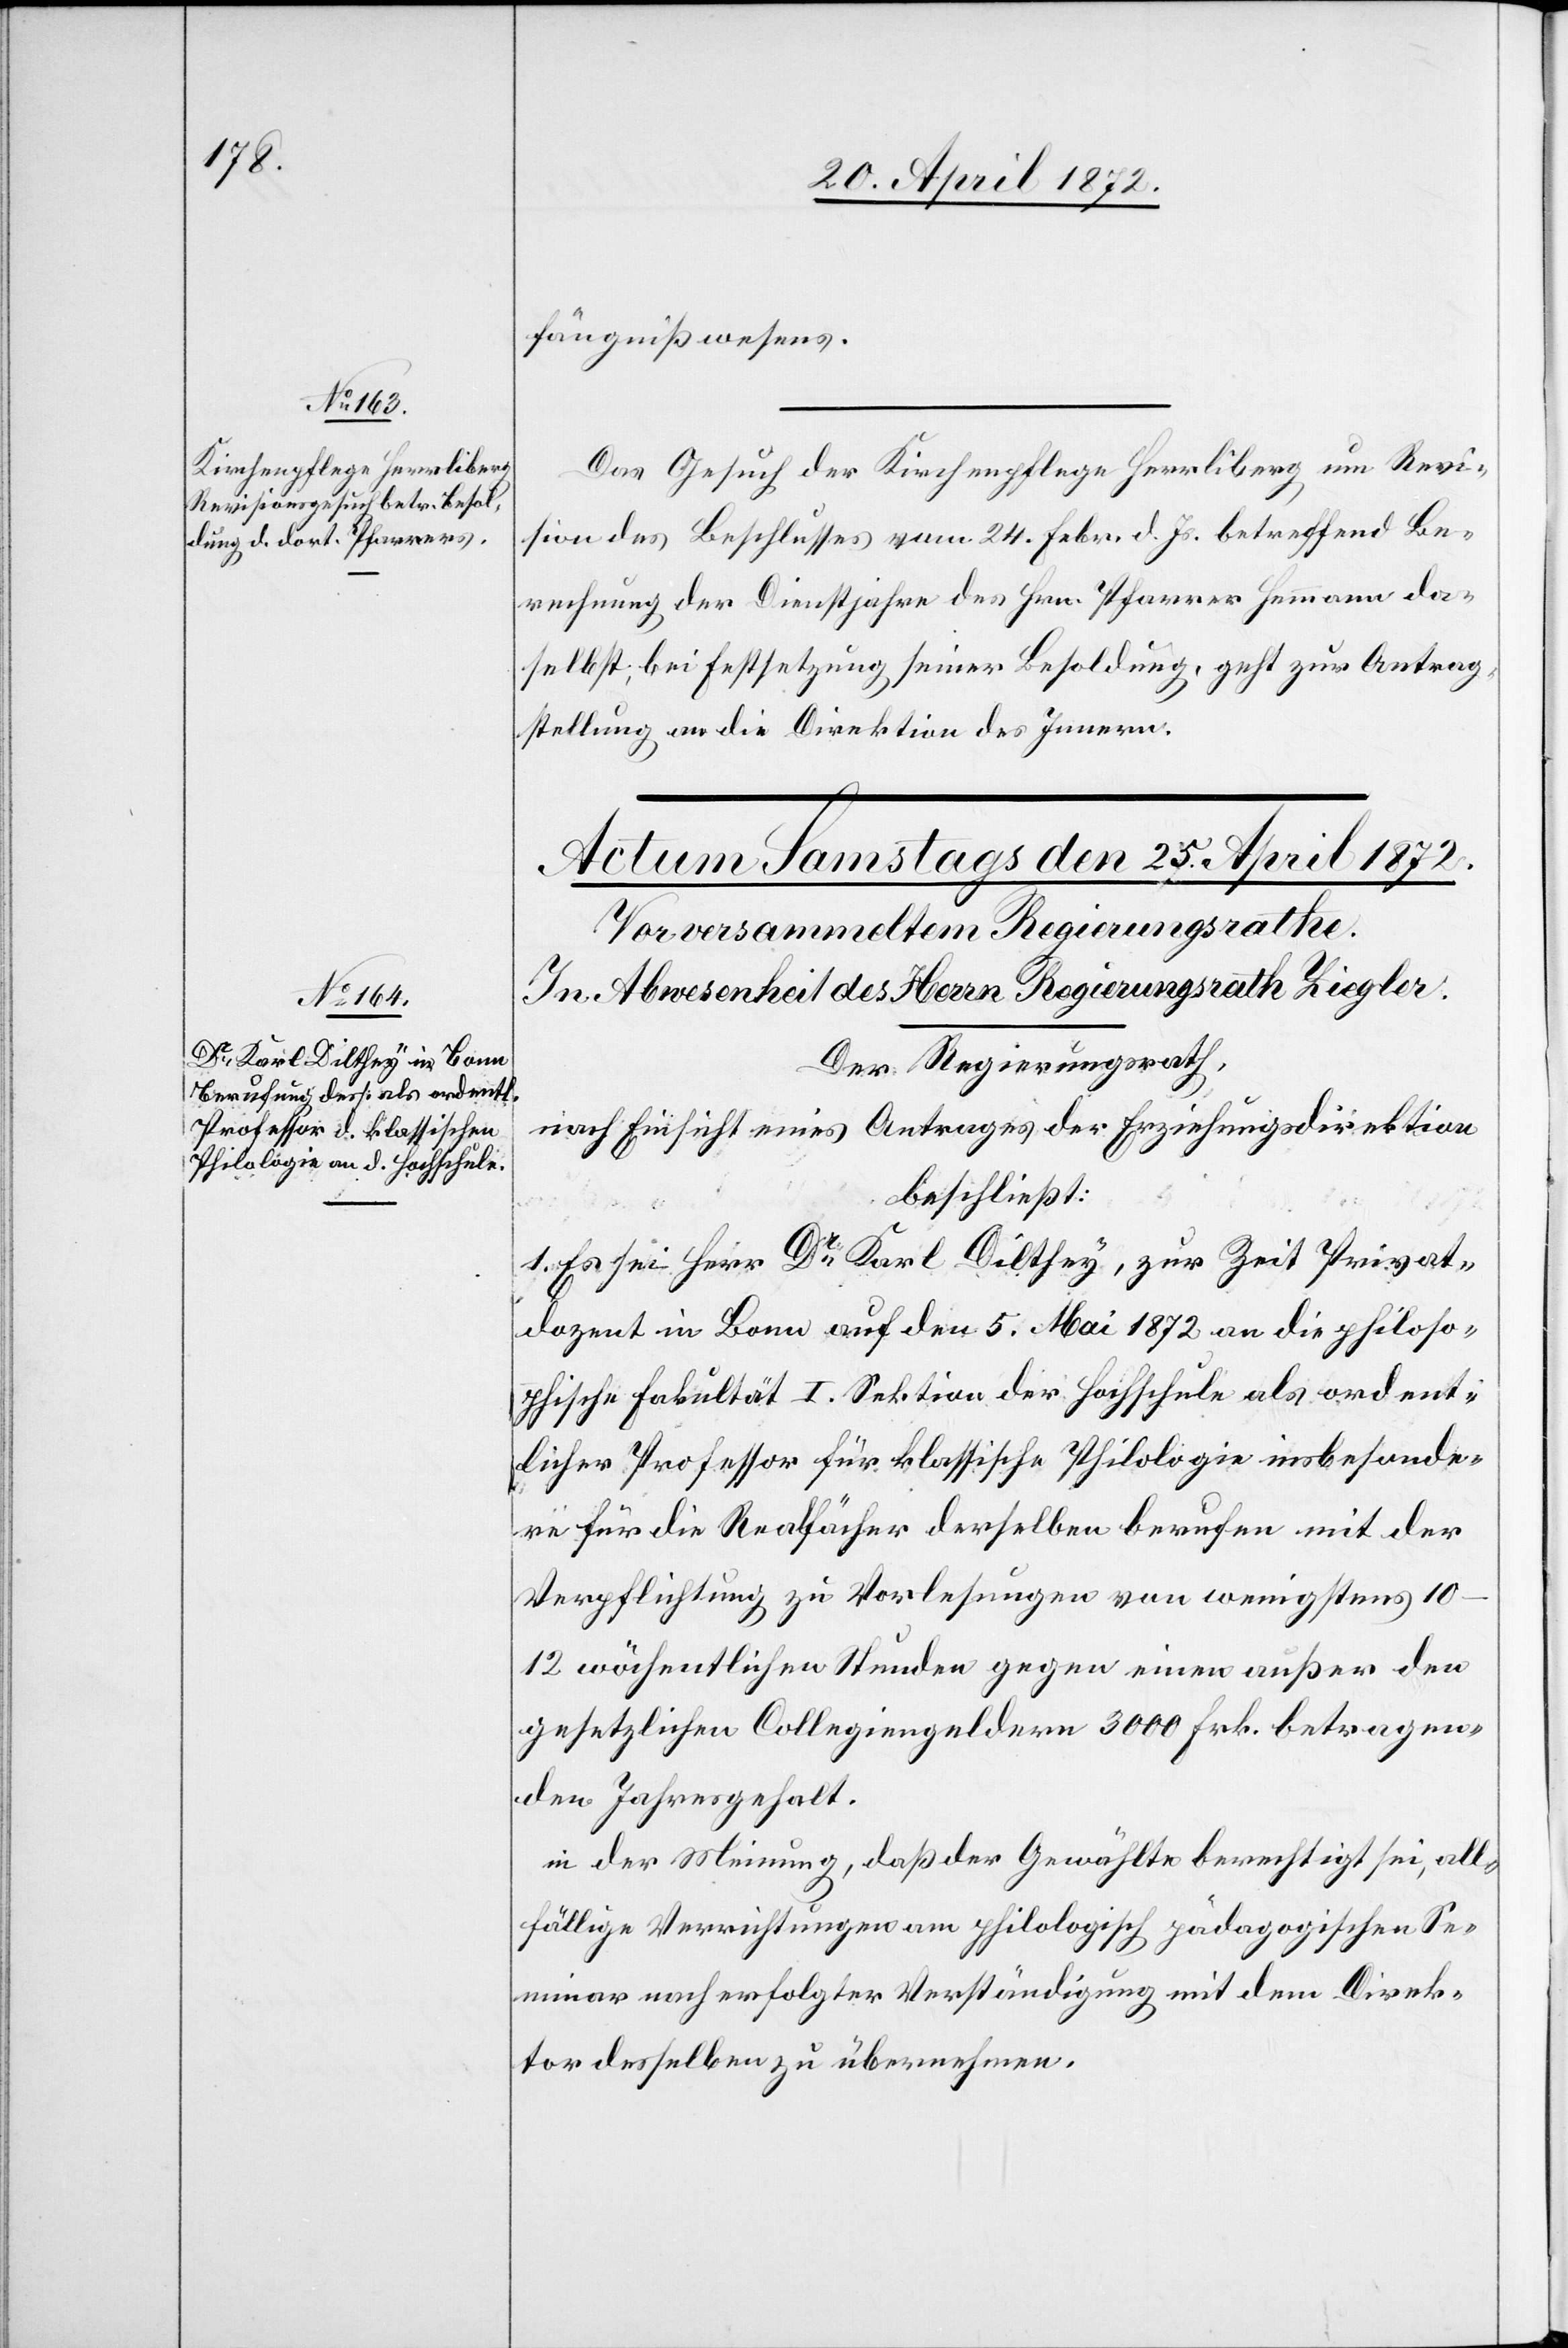
24. April 1872.]
fängnißwesens.
Das Gesuch der Kirchenpflege Herrliberg um Revi¬
sion des Beschlusses vom 24. Febr. d. Js. betreffend Be¬
rechnung der Dienstjahre des Hrn. Pfarrers Hemmann da¬
selbst, bei Festsetzung seiner Besoldung, geht zur Antrag¬
stellung an die Direktion des Innern.
Der Regierungsrath,
nach Einsicht eines Antrages der Erziehungsdirektion,
beschließt:
1. Es sei Herr Dr Karl Dilthey, zur Zeit Privat¬
dozent in Bonn auf den 5. Mai 1872 an die philoso¬
phische Fakultät I. Sektion der Hochschule als ordent¬
licher Professor für klassische Philologie insbesonde¬
re für die Realfächer derselben berufen mit der
Verpflichtung zu Vorlesungen von wenigstens
10–12 wöchentlichen Stunden gegen einen außer den
gesetzlichen Collegiengeldern 3000 Frk. betragen¬
den Jahresgehalt.
der Meinung, daß der Gewählte berechtigt sei, all¬
fällige Verrichtungen am philologisch pädagogischen Se¬
minar nach erfolgter Verständigung mit dem Direk¬
tor desselben zu übernehmen.